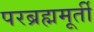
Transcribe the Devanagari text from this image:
परब्रह्ममूर्ती